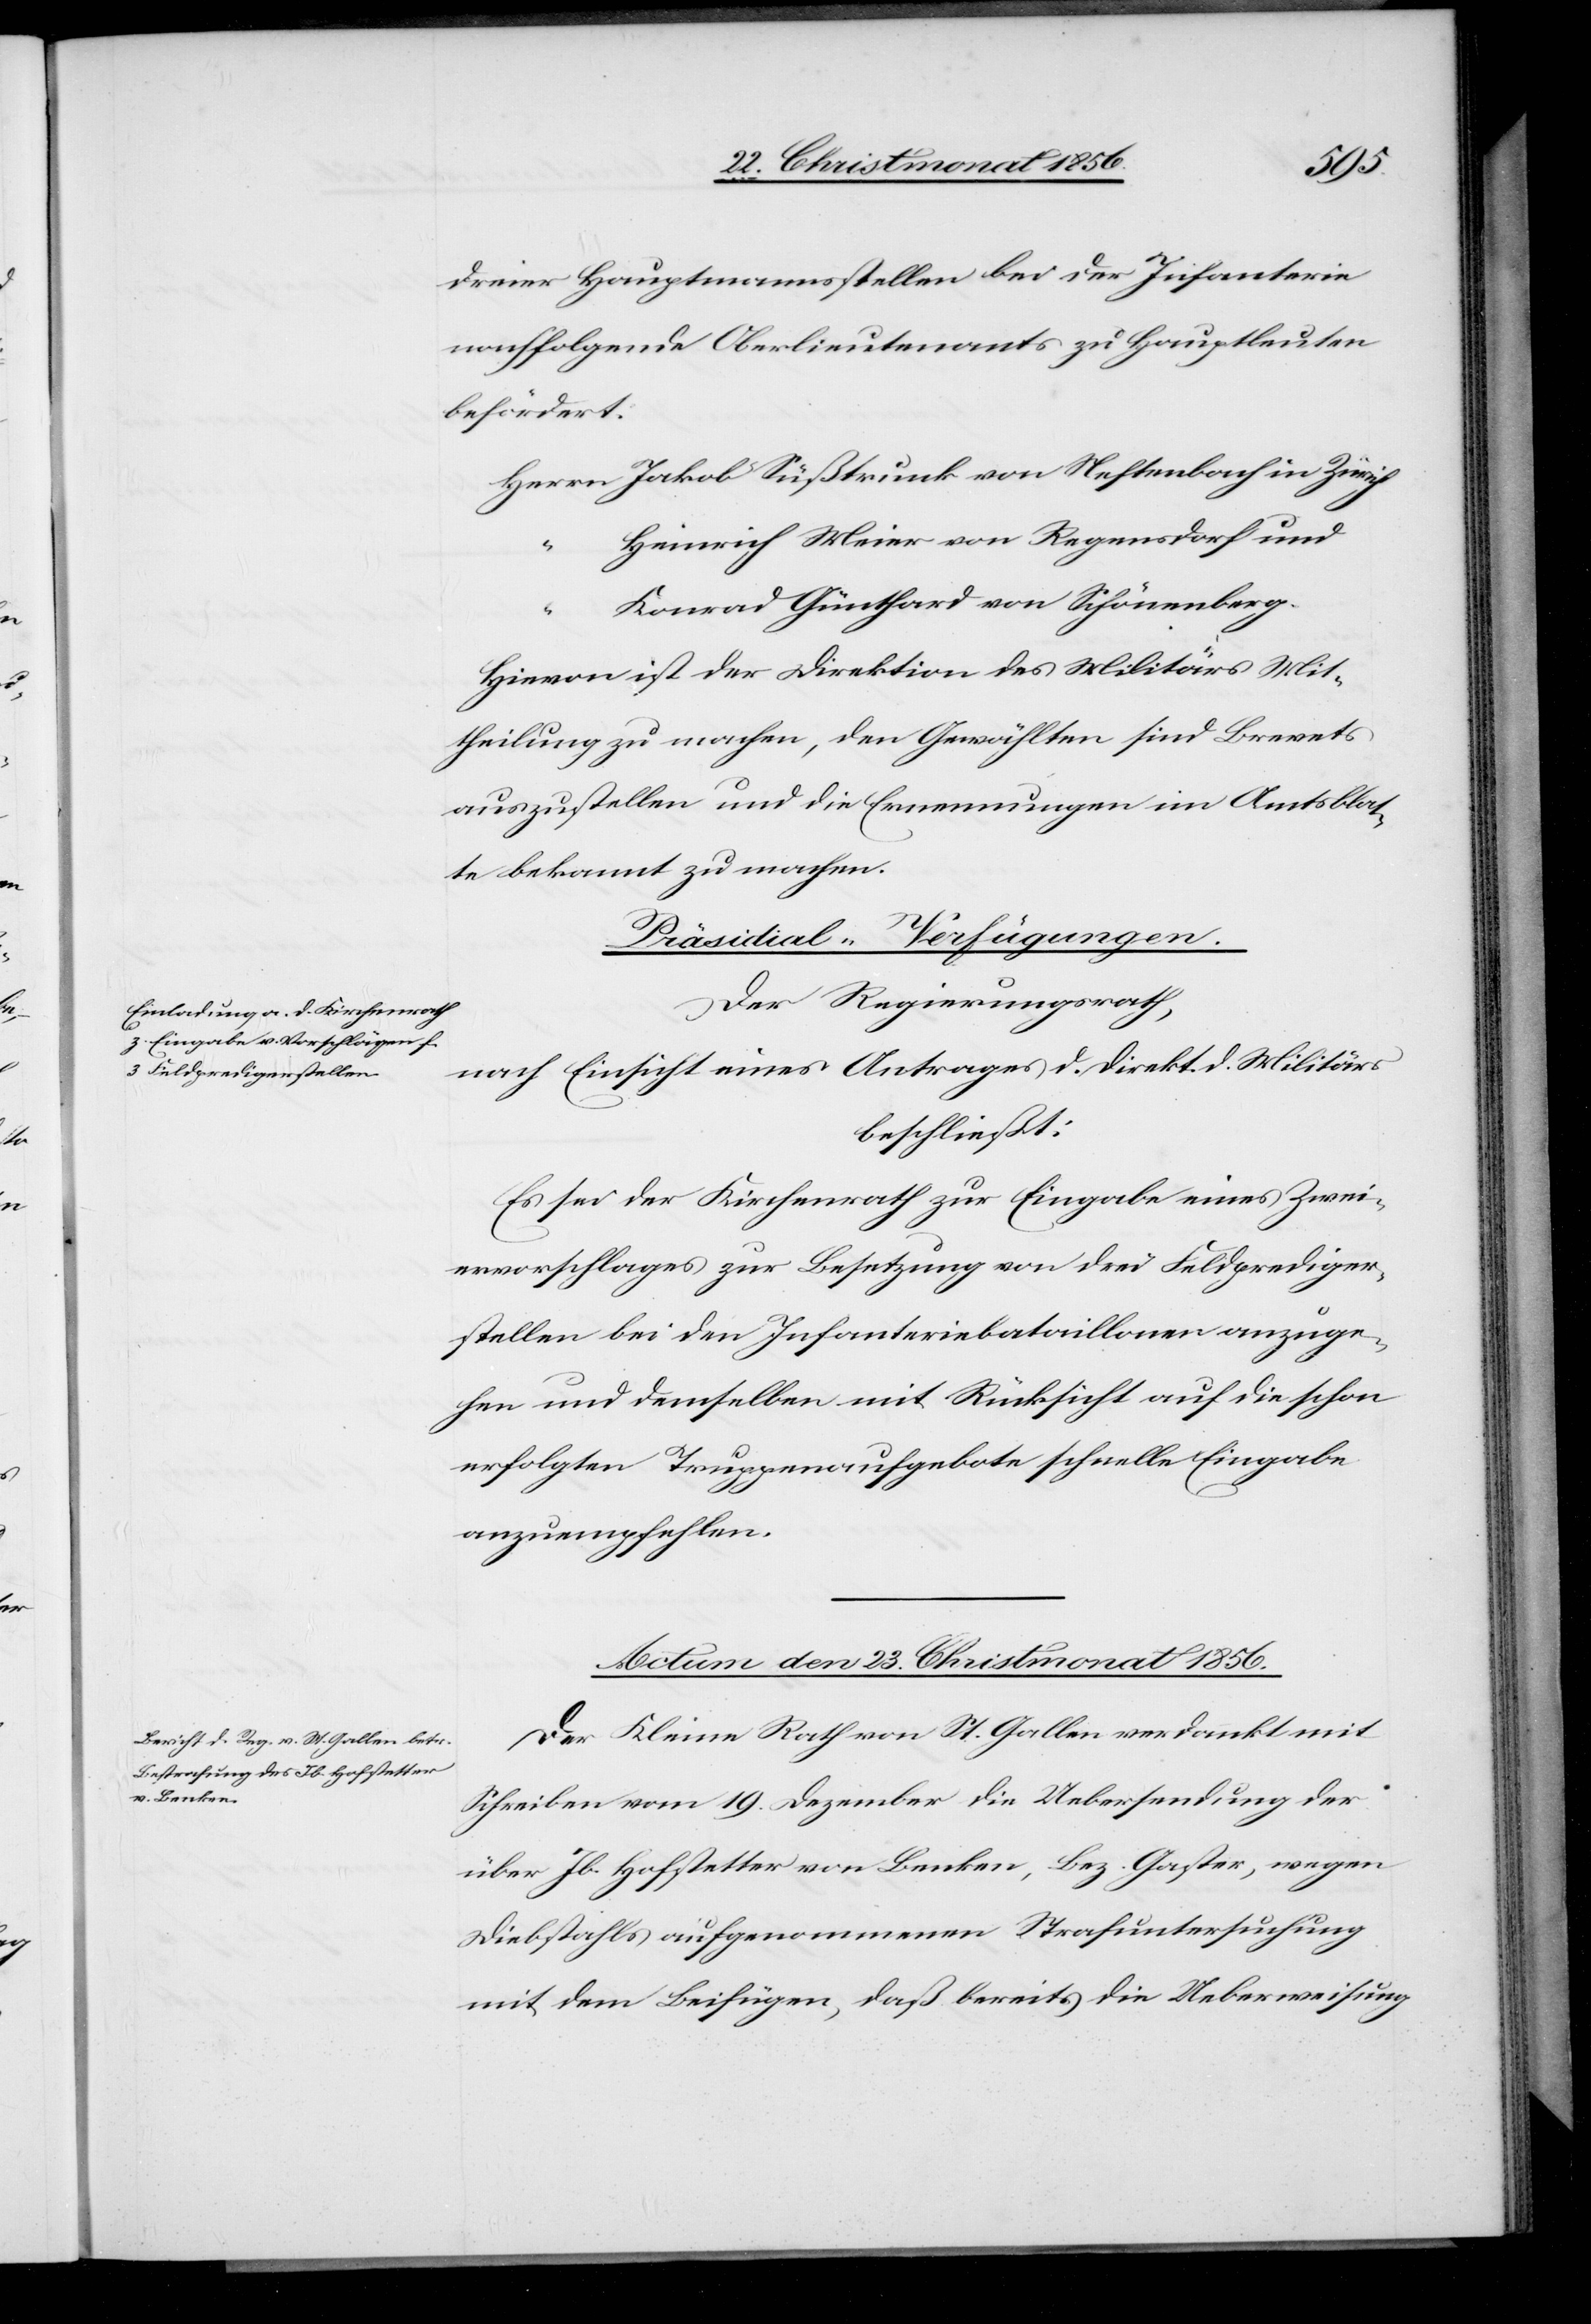
22. Christmonat 1856.]
dreier Hauptmannsstellen bei der Infanterie
nachfolgende Oberlieutenants zu Hauptleuten
befördert.
Herrn Jakob Süßtrunk von Neftenbach in Zürich
Heinrich Meier von Regensdorf und
Konrad Günthard von Schönenberg.
Hievon ist der Direktion des Militärs Mit¬
theilung zu machen, den Gewählten sind Brevets
auszustellen und die Ernennungen im Amtsblat¬
te bekannt zu machen.
[Präsidial-Verfügungen.]
Der Regierungsrath,
nach Einsicht eines Antrages d. Direkt. d. Militärs
beschließt:
Es sei der Kirchenrath zur Eingabe eines Zwei¬
ervorschlages zur Besetzung von drei Feldprediger¬
stellen bei den Infanteriebataillonen anzuge¬
hen und demselben mit Rücksicht auf die schon
erfolgten Truppenaufgebote schnelle Eingabe
anzuempfehlen.
Actum den 23. Christmonat 1856.
Der Kleine Rath von St. Gallen verdankt mit
Schreiben vom 19. Dezember die Uebersendung der
über Jb. Hofstetter von Benken, Bez. Gaster, wegen
Diebstahls aufgenommenen Strafuntersuchung
mit dem Beifügen, daß bereits die Ueberweisung